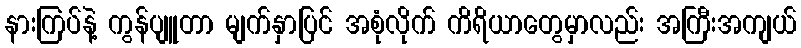
နားကြပ်နဲ့ ကွန်ပျူတာ မျက်နှာပြင် အစုံလိုက် ကိရိယာတွေမှာလည်း အကြီးအကျယ်